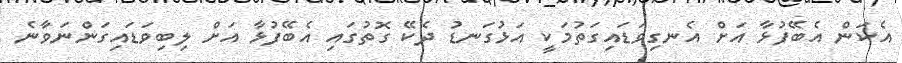
އެކަން އެބޭފުޅާ އަށް އެނގިވަޑައިގަތުމަކީ އަޅުގަނޑު ދެކޭ ގޮތުގައި އެބޭފުޅާ އަށް ލިބިވަޑައިގަންނަވާނެ